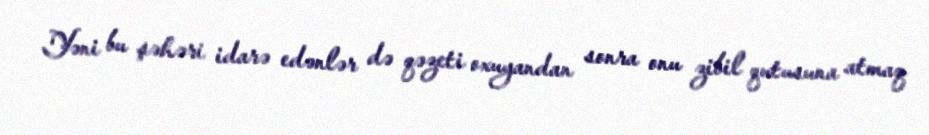
Yəni bu şəhəri idarə edənlər də qəzeti oxuyandan sonra onu zibil qutusuna atmaq